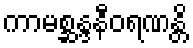
ကာမစ္ဆန္ဒနီဝရဏန္တိ